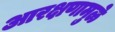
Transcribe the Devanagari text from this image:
आरक्षणामुळे